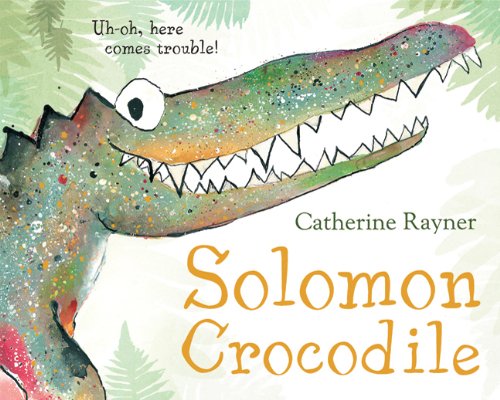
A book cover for Solomon Crocodile; Catherine Rayner; Children's Books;